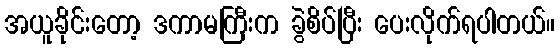
အယူခိုင်းတော့ ဒကာမကြီးက ခွဲစိပ်ပြီး ပေးလိုက်ရပါတယ်။